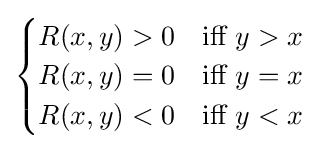
{\begin{cases}R(x,y)>0&{\text{iff }}y>x\\R(x,y)=0&{\text{iff }}y=x\\R(x,y)<0&{\text{iff }}y<x\end{cases}}